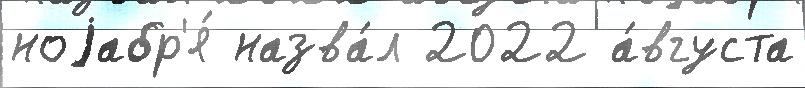
ноjабр'я́ назва́л 2022 а́вгуста